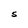
Character: S